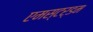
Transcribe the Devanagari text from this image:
एमस्टर्डम